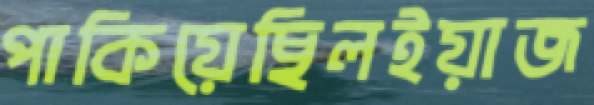
পাকিয়েছিলইয়াজ